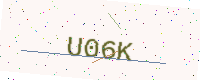
Text: U06K